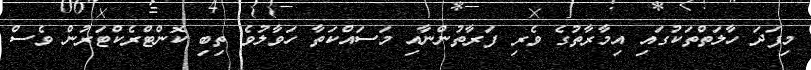
މިފަދަ ހާލަތްތަކުގައި އިމާރާތުގެ ވެރި ފަރާތުންނާއި މަސައްކަތާ ހަވާލުވެ ތިބި ކޮންޓްރެކްޓަރުން ވެސް